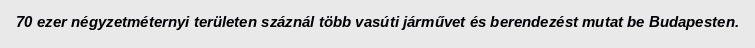
70 ezer négyzetméternyi területen száznál több vasúti járművet és berendezést mutat be Budapesten.